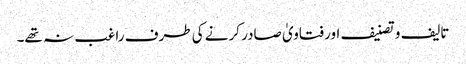
تالیف و تصنیف اور فتاویٰ صادر کرنے کی طرف راغب نہ تھے۔